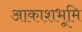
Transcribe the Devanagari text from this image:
आकाशभूमि